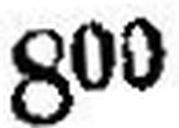
800